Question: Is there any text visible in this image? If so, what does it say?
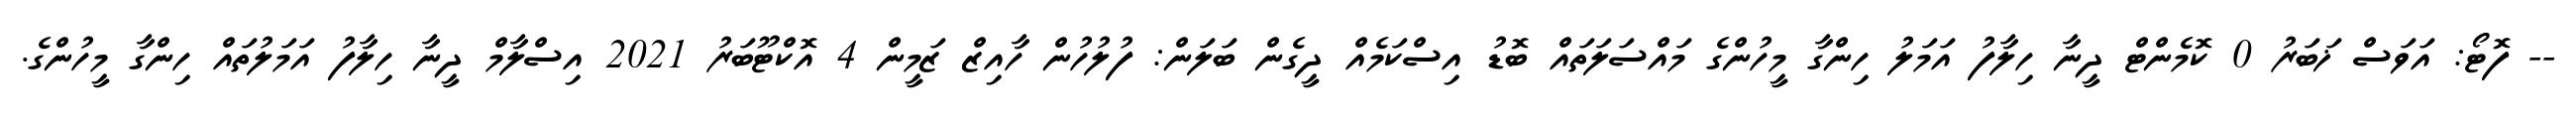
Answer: -- ފޮޓޯ: އަވަސް ޚަބަރު 0 ކޮމެންޓް ދީނާ ހިލާފު އަމަލު ހިންގާ މީހުންގެ މައްސަލަތައް ބޮޑު އިސްކަމެއް ދީގެން ބަލަން: ފުލުހުން ހާއިޒް ޒަމީން 4 އޮކްޓޫބަރު 2021 އިސްލާމް ދީނާ ހިލާފު އަމަލުތައް ހިންގާ މީހުންގެ.